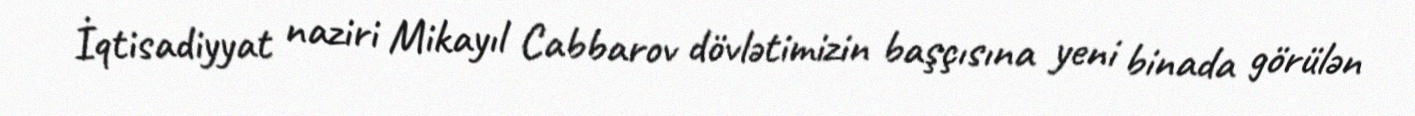
İqtisadiyyat naziri Mikayıl Cabbarov dövlətimizin başçısına yeni binada görülən